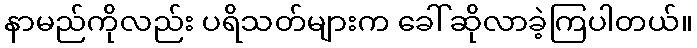
နာမည်ကိုလည်း ပရိသတ်များက ခေါ်ဆိုလာခဲ့ကြပါတယ်။